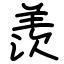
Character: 羨